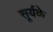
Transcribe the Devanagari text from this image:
सूर्यके